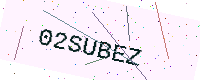
Text: 02SUBEZ